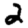
Digit: 2